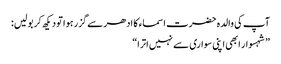
آپ کی والدہ حضرت اسماء کا ادھر سے گزر ہوا تو دیکھ کر بولیں:
”شہسوار ابھی اپنی سواری سے نہیں اترا“